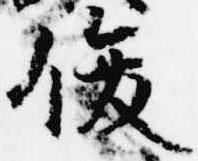
俊